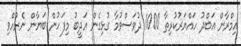
އިމްރާން އަބްދު ހައްޔަރުކުރިތާ 1000 ދުވަސްވުމާ ގުޅިގެން އަދީބު މިފަހުން ބަޔާން ނެރުއްވި